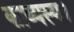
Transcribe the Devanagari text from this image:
काव्यस्य।